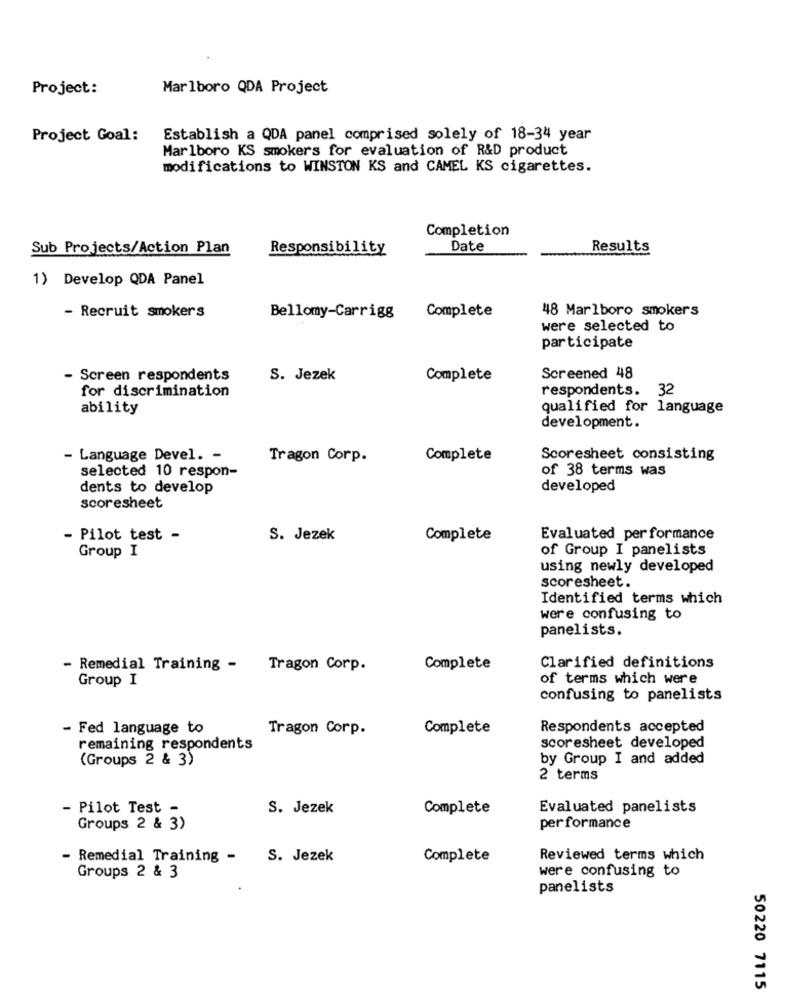
Project:
Marlboro QDA Project
Project Goal:
Establish a QDA panel comprised solely of 18-34 year
Marlboro KS smokers for evaluation of R&D product
modifications to WINSTON KS and CAMEL KS cigarettes.
Completion
Sub Projects/Action Plan
Responsibility
Date
Results
1) Develop QDA Panel
- Recruit smokers
48 Marlboro smokers
Bellomy-Carrigg
Complete
were selected to
participate
- Screen respondents
S. Jezek
Complete
Screened 48
for discrimination
respondents. 32
ability
qualified for language
development.
- Language Devel. -
Tragon Corp.
Complete
Scoresheet consisting
selected 10 respon-
of 38 terms was
dents to develop
developed
scoresheet
- Pilot test -
S. Jezek
Complete
Evaluated performance
of Group I panelists
Group I
using newly developed
scoresheet.
Identified terms which
were confusing to
panelists.
- Remedial Training - Tragon Corp.
Complete
Clarified definitions
Group I
of terms which were
confusing to panelists
- Fed language to
Tragon Corp.
Complete
Respondents accepted
scoresheet developed
remaining respondents
(Groups 2 & 3)
by Group I and added
2 terms
- Pilot Test -
S. Jezek
Complete
Evaluated panelists
Groups 2 & 3)
performance
- Remedial Training -
S. Jezek
Complete
Reviewed terms which
were confusing to
Groups 2 & 3
panelists
50220 7115